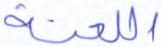
اللعنة